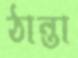
ঠান্তা